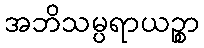
အဘိသမ္ပရာယဉ္စာ